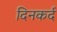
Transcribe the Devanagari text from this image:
दिनकर्द